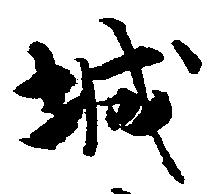
城